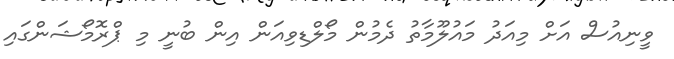
ވީނިއުސް އަށް މިއަދު މައުލޫމާތު ދެމުން މޯލްޑިވިއަން އިން ބުނީ މި ޕްރޮމޯޝަންގައި